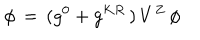
LaTeX: \phi \, = \, ( g ^ { 0 } + g ^ { K R } \, ) \, V ^ { Z } \, \phi